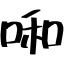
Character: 啝